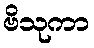
ဗိသုကာ